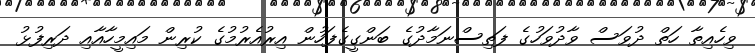
ވިހެއިތާ ހަތް ދުވަސް ވާދުވަހުގެ ފަތިސްނަމާދުގެ ބަންގީގެފަހުން އިރުއެރުމުގެ ކުރިން މައިމީހާއާއި ދަރިފުޅު